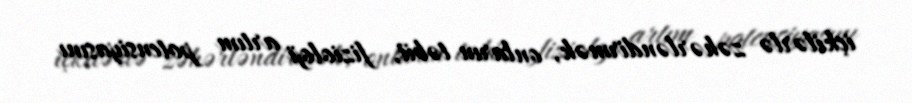
içkilərlə zəhərləndirmək, onların təbii, fizioloji artım potensiyasını